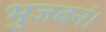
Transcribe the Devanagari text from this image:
भुजवनं।